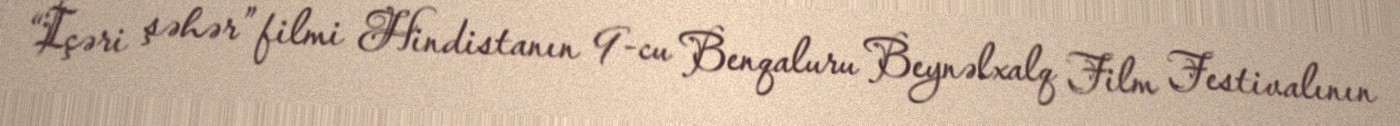
“İçəri şəhər” filmi Hindistanın 9-cu Benqaluru Beynəlxalq Film Festivalının